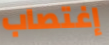
إغتصاب